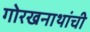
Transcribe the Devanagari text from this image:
गोरखनाथांची